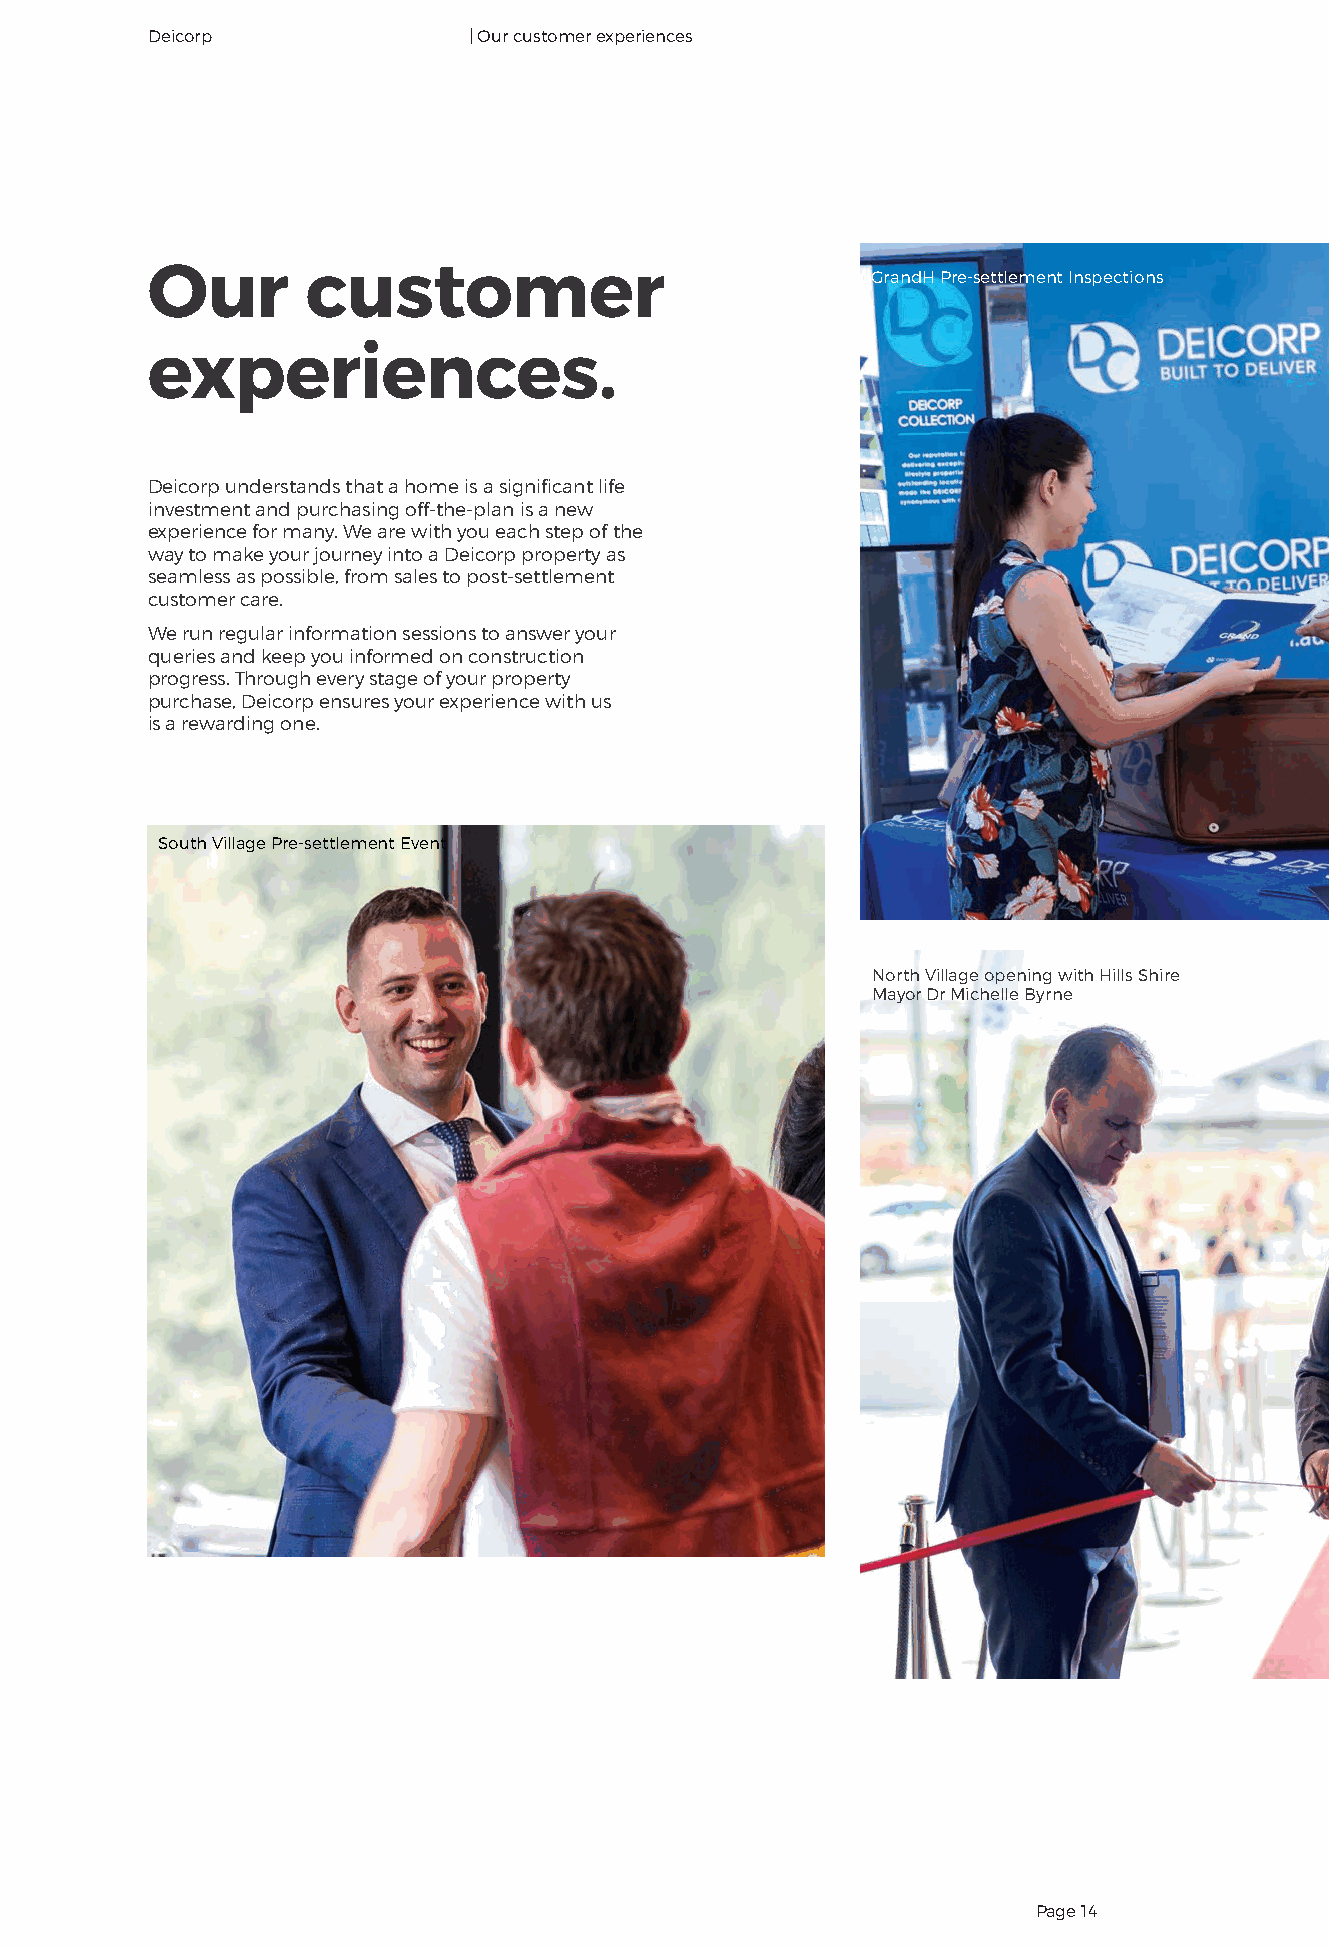
DDeeiiccoorrpp       | Our customer experiences
 Our       customer                              GrandH Pre-settlement Inspections
 experiences.
 Deicorp understands that a home is a significant life
 investment and purchasing off-the-plan is a new
 experience for many. We are with you each step of the
 way to make your journey into a Deicorp property as
 seamless as possible, from sales to post-settlement
 customer care.
 We run regular information sessions to answer your
 queries and keep you informed on construction
 progress. Through every stage of your property
 purchase, Deicorp ensures your experience with us
 is a rewarding one.
 South Village Pre-settlement Event
 North Village opening with Hills Shire
 Mayor Dr Michelle Byrne
 Page 14